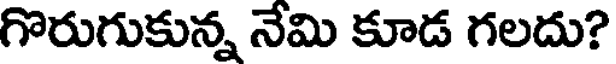
గొరుగుకున్న నేమి కూడ గలదు?